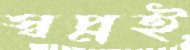
স্বপ্নই